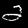
Digit: 2